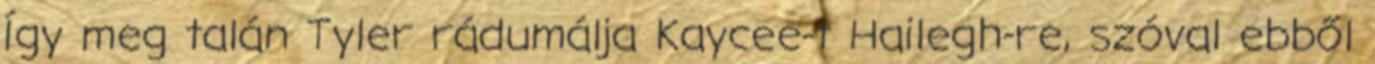
Így meg talán Tyler rádumálja Kaycee-t Hailegh-re, szóval ebből